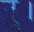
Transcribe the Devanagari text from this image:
तु।